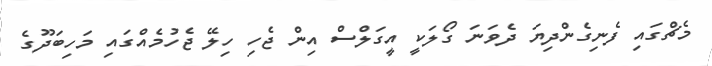
މެޗްގައި ފެނިގެންދިޔަ ދެވަނަ ގޯލަކީ އީގަލްސް އިން ޖެހި ހިލޭ ޖެހުމެއްގައި މަހިބަދޫގެ